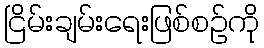
ငြိမ်းချမ်းရေးဖြစ်စဉ်ကို